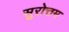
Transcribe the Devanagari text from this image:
सुरोत्तम